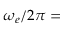
\omega _ { e } / 2 \pi =